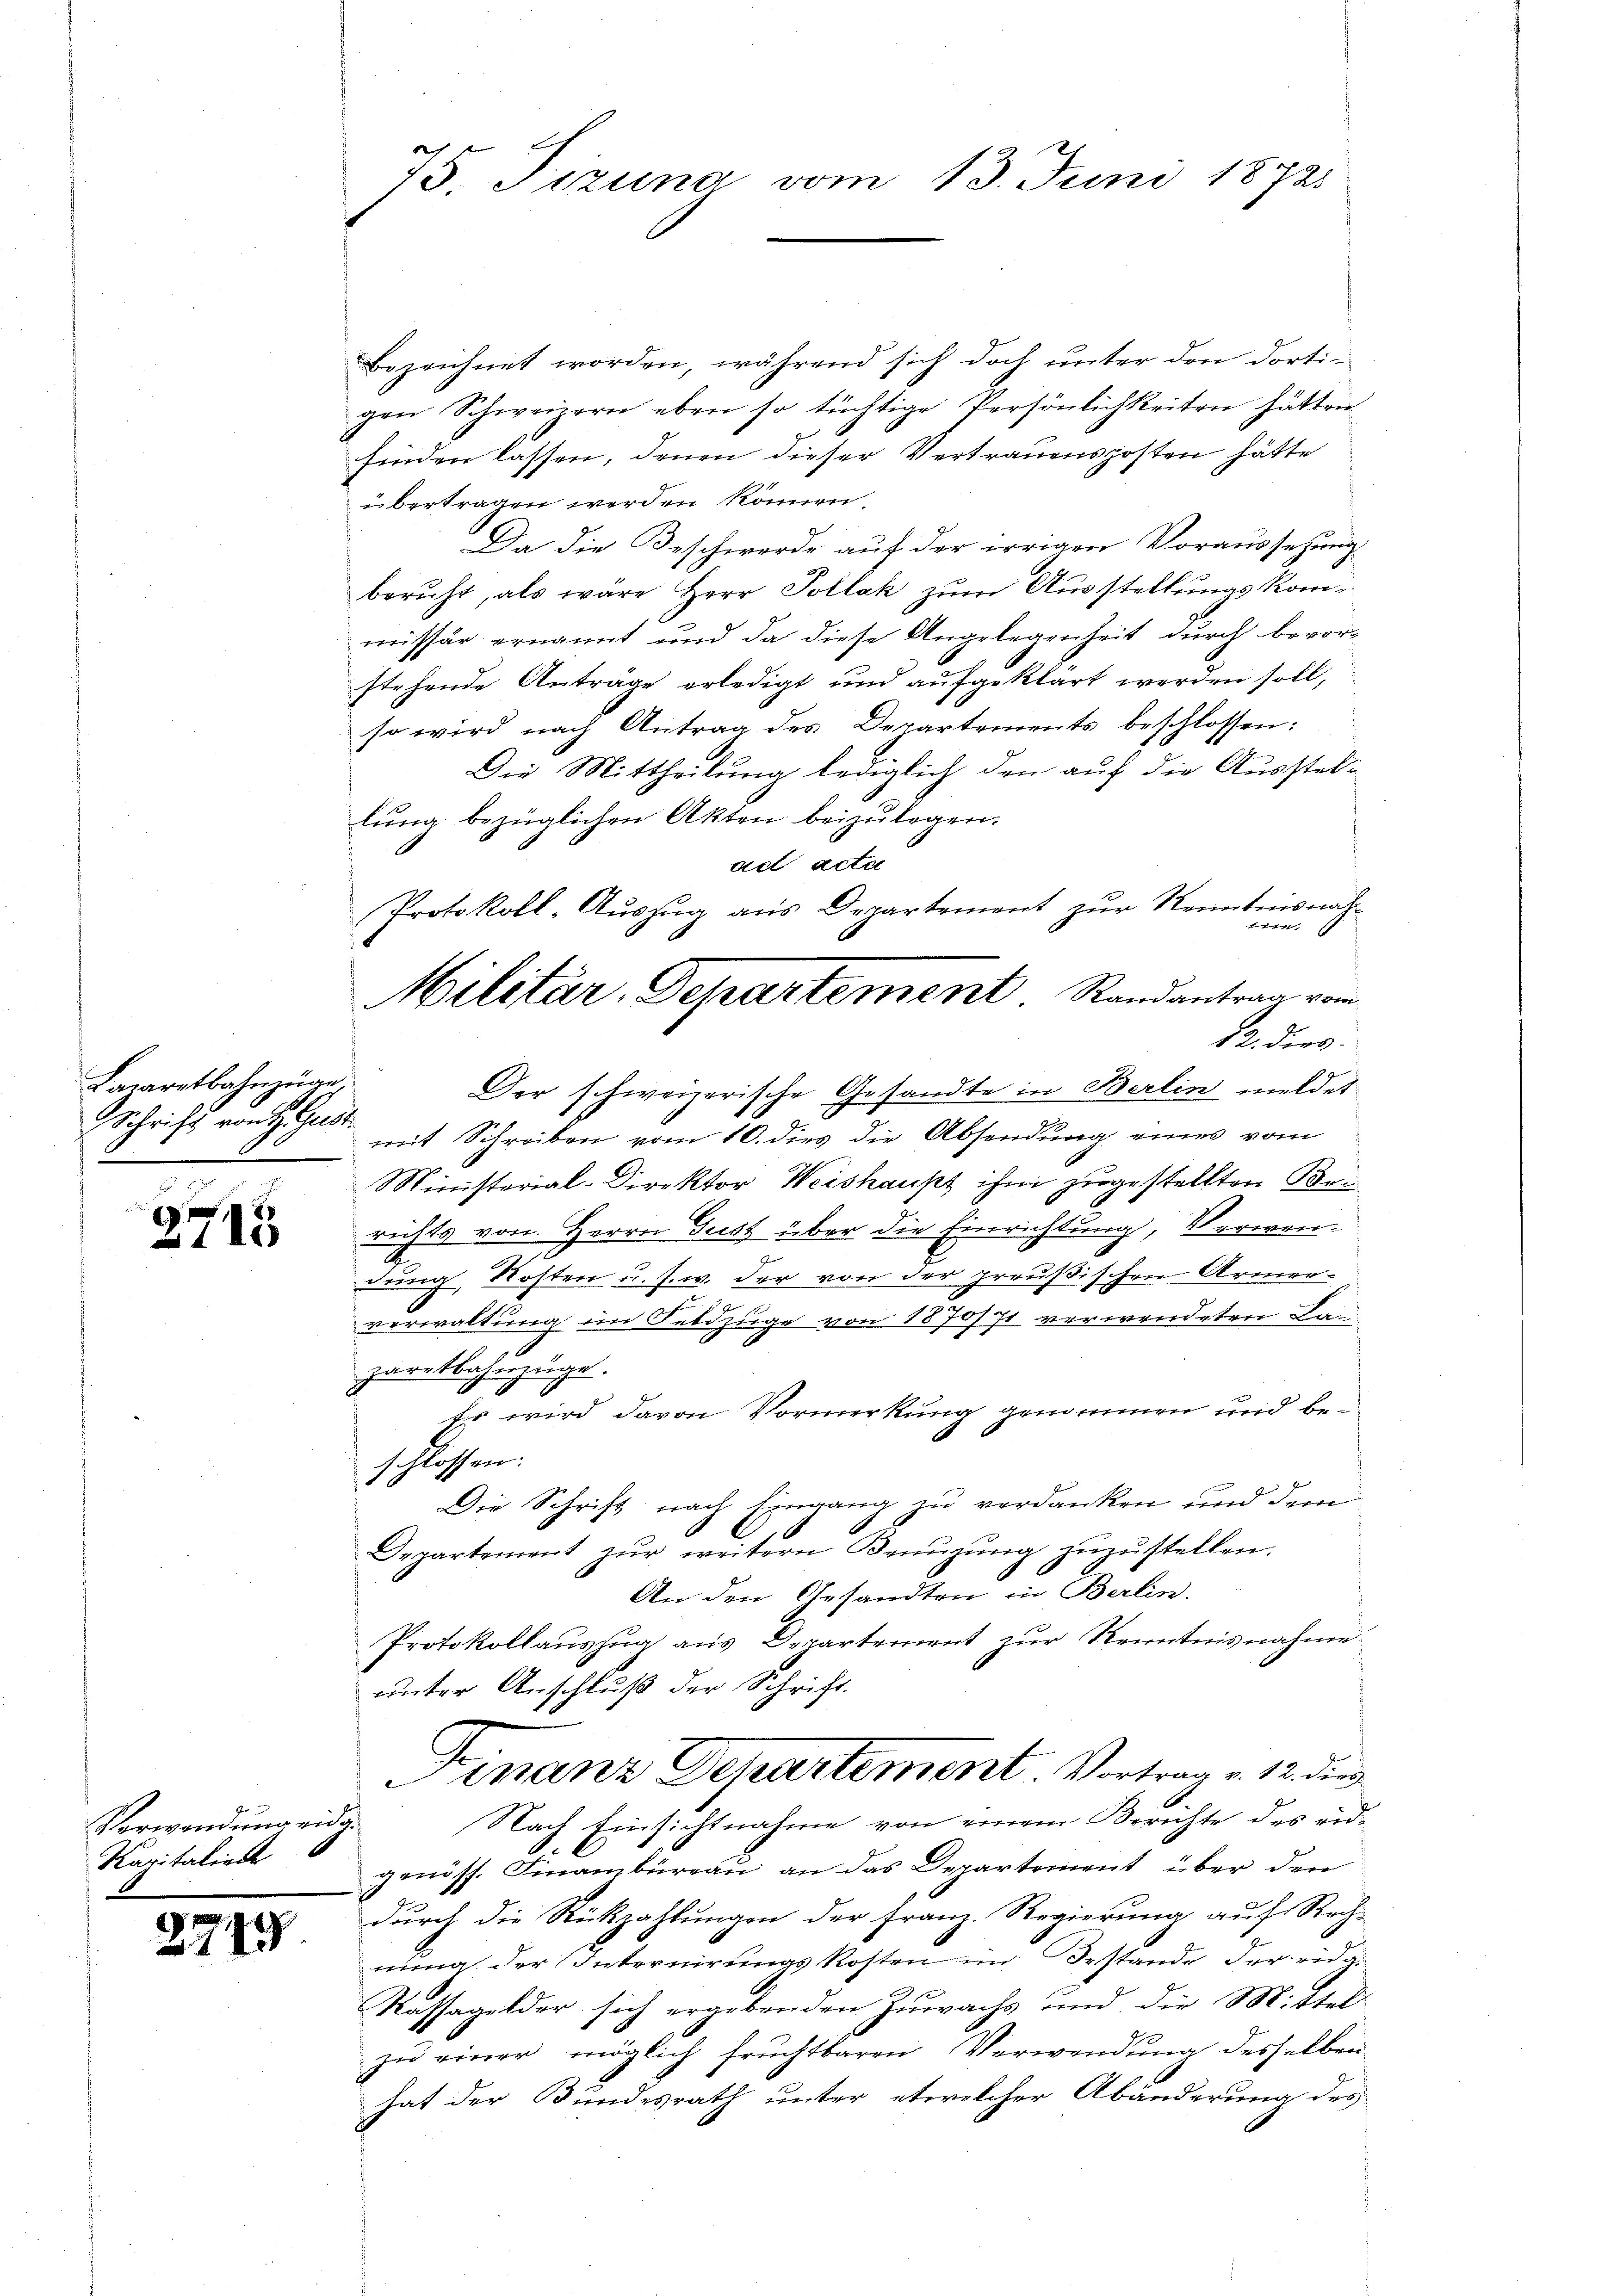
Lazaretbahnzüge,
Schrift von Gruss.

2715

Verwendung eidg
Kapitaliert

219

75 Tizuna vom 13. Juni 1872

bezeichnet worden, während sich doch unter den dortigen Schweizern eben so tüchtige Persönlichkeiten hätten
finden lassen, denen dieser Vertrauensposten hätte
übertragen werden können
Da die Beschwerde auf der irrigen Voraussetzung
beruht, als wäre Herr Pollak zum Ausstellungskommissär ernannt und da diese Angelegenheit durch bevorstehende Anträge erledigt und aufgeklärt werden soll,
so wird nach Antrag des Departements beschlossen:
Die Mittheilung lediglich den auf die Ausstellung bezüglichen Akten beizulegen.
ad acta

12. dies
mit Schreiben vom 10. dies die Absendung eines vom
Ministerial-Direktor Weishaupt ihm zugestellten Berichts von Herrn Guss über die Einrichtung, Verwendung, Kosten u. s. w. der von der preußischen Armerverwaltung im Feldzüge von 1870/71 verwendeten Lan
zaretbahnzüge.
Es wird davon Vormerkung genommen und beschlossen:
Die Schrift nach Eingang zu verdanken und dem
Departement zŭr weitern Benŭzŭng zŭzŭstellen.
An den Gesandten in Berlin.
Protokollauszug aus Departement zur Kenntnisnahme
unter Anschluß der Schrift.
Finanz Departement Vortrag v. 12. die
Nach Einsichtnahme von einem Berichte des eidgenöss. Finanzbüreau an das Departement über den
durch die Rückzahlungen der Franz. Regierung auf Rech-
nung der Internirungskosten im Bestande der eidg.
Kassagelder sich ergebenden Zuwachs und die Mittel
zu einer möglich fruchtbaren Verwendung desselben
hat der Bundesrath unter etwelcher Abänderung des

Protokoll-Auszug aus Departement zur Kenntnisnah¬
Militär-Departement Randantrag vom
Der schweizerische Gesandte in Berlin meldet